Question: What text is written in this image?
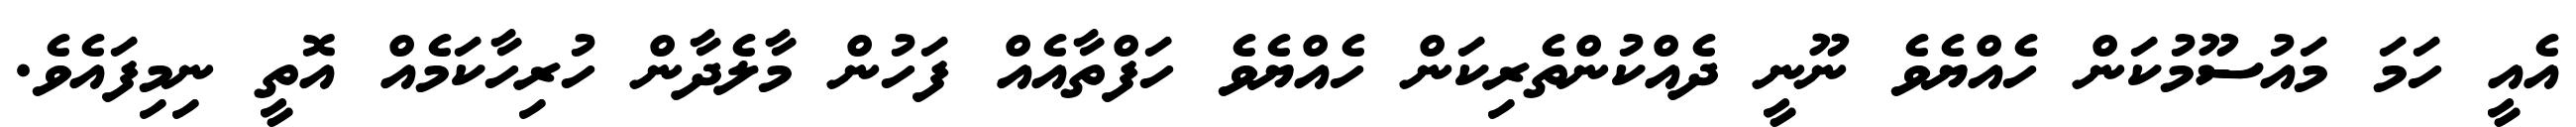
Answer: އެއީ ހަމަ މައުސޫމުކަން ހެއްޔެވެ ނޫނީ ދެއްކުންތެރިކަން ހެއްޔެވެ ހަފްތާއެއް ފަހުން މާލެދާން ހުރިހާކަމެއް އޮތީ ނިމިފައެވެ.